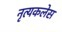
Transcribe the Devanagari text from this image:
नृत्यकलेस